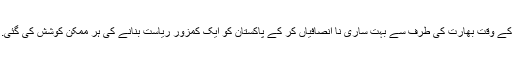
آج تک بھارت پاکستان کی آزادی اور اسے ایک الگ ریاست ماننے پر تیار نہیں. بلکہ آزادی کے وقت بھارت کی طرف سے بہت ساری نا انصافیاں کر کے پاکستان کو ایک کمزور ریاست بنانے کی ہر ممکن کوشش کی گئی. بھارت ہمیشہ ہی پاکستان کا دشمن ملک رہا ہے اور آج تک پاکستان سے اس کی نہ بن سکی۔